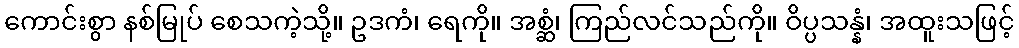
ကောင်းစွာ နစ်မြုပ် စေသကဲ့သို့။ ဥဒကံ၊ ရေကို။ အစ္ဆံ၊ ကြည်လင်သည်ကို။ ဝိပ္ပသန္နံ၊ အထူးသဖြင့်